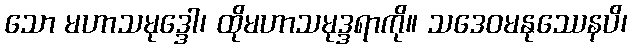
သော မဟာသမုဒ္ဒေါ၊ ထိုမဟာသမုဒ္ဒရာကို။ သဒေဝမနုဿေနပိ၊